Annual report of the Prince of Wales Medical College, Patna
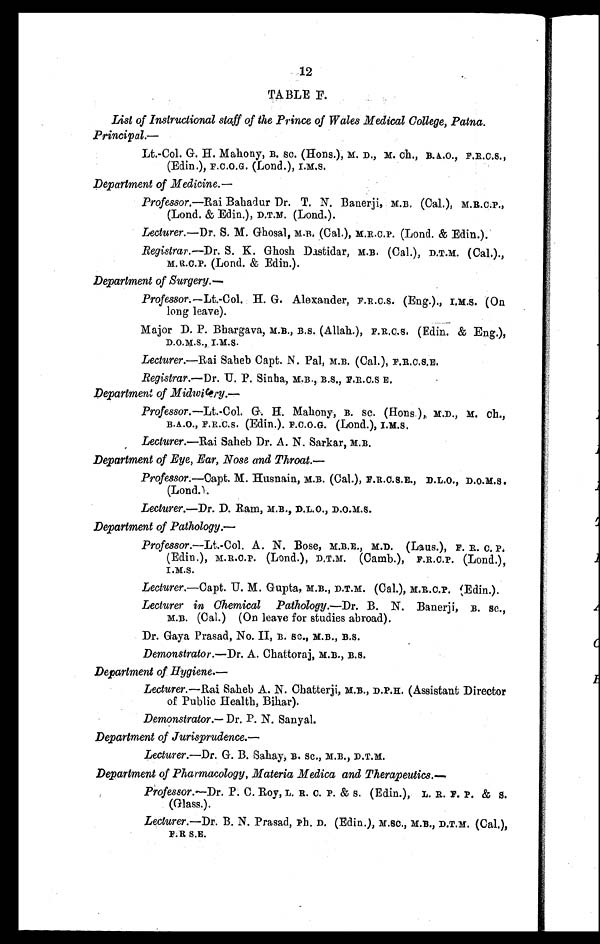
12
TABLE F.
List of Instructional staff of the Prince of Wales Medical College, Patna.
Principal.—
Lt.-Col. G. H. Mahony, B. SC. (Hons.), M. D., M. c h . , B . A . O . , F . R . C . S .
(Edin.), F.C.O.G. (Lond.), I.M.S.
Department of Medicine.
—
Professor. —Rai Bahadur Dr. T. N. Banerji, M.B. (Cal.), M.R.C.P.,
(Lond. & Edin.), D.T.M. (Lond.).
Lecturer. —Dr. S. M. Ghosal, M.B. (Cal.), M.R.C.P. (Lond. & Edin.).
Registrar. —Dr. S. K. Ghosh Dastidar, M.B. (Cal.), D.T.M. (Cal.).,
M.R.C.P. (Lond. & Edin.).
Department of Surgery.—
Professor. —Lt.-Col. H. G. Alexander, F.R.C.S. (Eng.)., I.M.S. (On
long leave).
Major D. P. Bhargava, M.B., B .S. (Allah.), F.R.C.S. (Edin. & Eng.),
D.O.M.S., I.M.S.
Lecturer.—Rai Saheb Capt. N. Pal, M.B. (Cal.), F.R.C.S.E.
Registrar.—Dr. U. P. Sinha, M.B., B.S., F.R.C.S E.
Department of Midwifery.—
Professor. —Lt.-Col. G. H. Mahony, B . SC. (Hons.), M.D., M. Ch.,
B.A.O., F.R.C.S. (Edin.). F.C.O.G. (Lond.), I.M.S.
Lecturer.—Rai Saheb Dr. A. N. Sarkar, M.B.
Department of Eye, Ear, Nose and Throat.—
Professor. —Capt. M. Husnain, M.B. (Cal.), F.R.C.S.E., D.L.O., D.O.M.S.
(Lond.).
Lecturer.—Dr. D. Ram, M.B., D.L.O., D.O.M.S.
Department of Pathology.—
Professor. —Lt.-Col. A. N. Bose, M.B.E., M.D. (Laus.), F. R. C. P.
(Edin.), M.R.C.P. (Lond.), D.T.M. (Camb.), F.R.C.P. (Lond.),
I.M.S.
Lecturer.—Capt. U. M. Gupta, M.B., D.T.M. (Cal.), M.R.C.P. (Edin.).
Lecturer in Chemical Pathology.—Dr. B. N. Banerji, B. SC.,
M.B. (Cal.) (On leave for studies abroad).
Dr. Gaya Prasad, No. II, B. SC., M.B., B.S.
Demonstrator. —Dr. A. Chattoraj, M.B., B.S.
Department of Hygiene.—
Lecturer. —Rai Saheb A. N. Chatterji, M.B., D.P.H. (Assistant Director
of Public Health, Bihar).
Demonstrator.— Dr. P. N. Sanyal.
Department of Jurisprudence.—
Lecturer.—Dr. G. B. Sahay, B. Sc., M.B., D.T.M.
Department of Pharmacology, Materia Medica and Therapeutics.—
Professor. —Dr. P. C. Roy, L. R. C. P. & S. (Edin.), L. R. F. P. & S.
(Glass.).
Lecturer. —Dr. B. N. Prasad, Ph. D. (Edin.), M.SC., M.B., D.T.M. (Cal.),
F.R S.E.